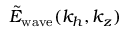
\tilde { E } _ { \mathrm { w a v e } } ( k _ { h } , k _ { z } )